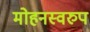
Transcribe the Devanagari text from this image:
मोहनस्वरुप